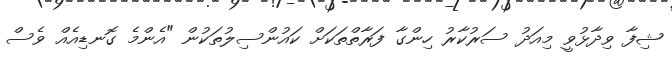
ޝިފާ ވިދާޅުވީ މިއަދު ސަރުކާރު ހިންގާ ފަރާތްތަކަށް ކައުންސިލުތަކުން "އެންމެ ގޮނޑިއެއް ވެސް